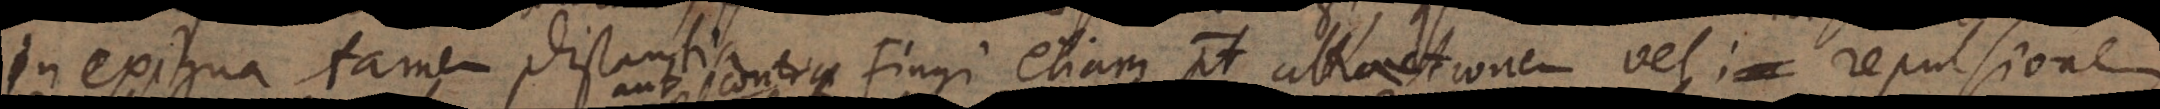
in exigua tamen distantia. Fingi etiam potest attractionem vel repulsionem